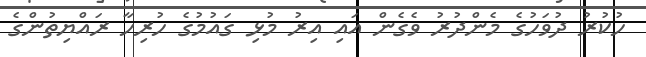
ހުކުރު ދުވަހުގެ މެންދުރު ވެގެން އައި އިރު މުޅި ގައުމުގެ ހުރިހާ ރައްޔިތުންގެ